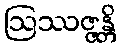
ဩဿဇ္ဇန္တိ